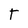
Character: T